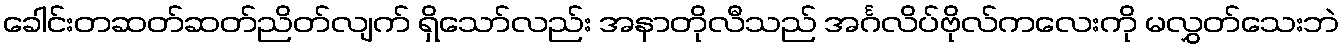
ခေါင်းတဆတ်ဆတ်ညိတ်လျက် ရှိသော်လည်း အနာတိုလီသည် အင်္ဂလိပ်ဗိုလ်ကလေးကို မလွှတ်သေးဘဲ